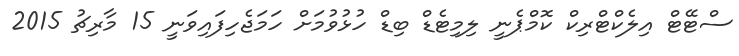
ސްޓޭޓް އިލެކްޓްރިކް ކޮމްޕެނީ ލިމިޓެޑް ބިޑް ހުޅުވުމަށް ހަމަޖެހިފައިވަނީ 15 މާރިޗު 2015